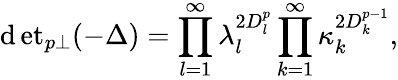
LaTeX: {\operatorname*{\mathrm{d}et}}_{p\perp}(-\Delta)=\prod_{l=1}^{\infty}\lambda_{l}^{2D_{l}^{p}}\prod_{k=1}^{\infty}\kappa_{k}^{2D_{k}^{p-1}},